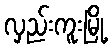
လှည်းကူးမြို့